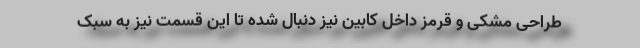
طراحی مشکی و قرمز داخل کابین نیز دنبال شده تا این قسمت نیز به سبک